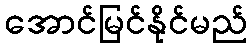
အောင်မြင်နိုင်မည်